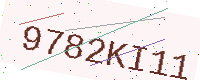
Text: 9782KI11